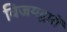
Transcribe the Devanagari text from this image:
विजयद्वारों